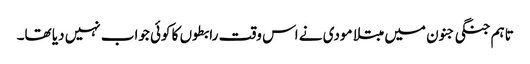
تاہم جنگی جنون میں مبتلا مودی نے اس وقت رابطوں کا کوئی جواب نہیں دیا تھا۔